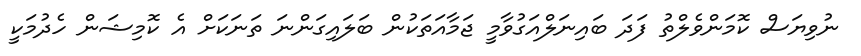
ނުވިޔަސް ކޮމަންވެލްތު ފަދަ ބައިނަލްއަގުވާމީ ޖަމާއަތަކުން ބަލައިގަންނަ ތަނަކަށް އެ ކޮމިޝަން ހެދުމަކީ